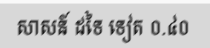
សាសន៍ ដទៃ ទៀត ០.៤០